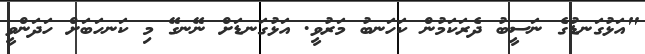
"އަޅުގަނޑުގެ ނަސީބު ދެރަކަމުން ކަހަނބު މަރުވީ. އަޅުގަނޑަށް ނޭނގޭ މި ކަނހަބަށް ހަދަންވީ